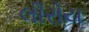
લીરોય